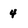
Character: 4